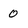
Character: 0